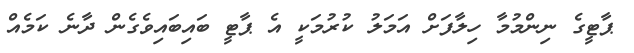
ޕާޓީގެ ނިންމުމާ ހިލާފަށް އަމަލު ކުރުމަކީ އެ ޕާޓީ ބައިބައިވެގެން ދާނެ ކަމެއް